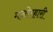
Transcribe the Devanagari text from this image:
मनोरहारी